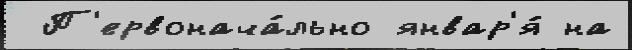
 П'ервонача́льно январ'я́ на